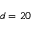
d = 2 0